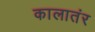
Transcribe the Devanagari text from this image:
कालातंर